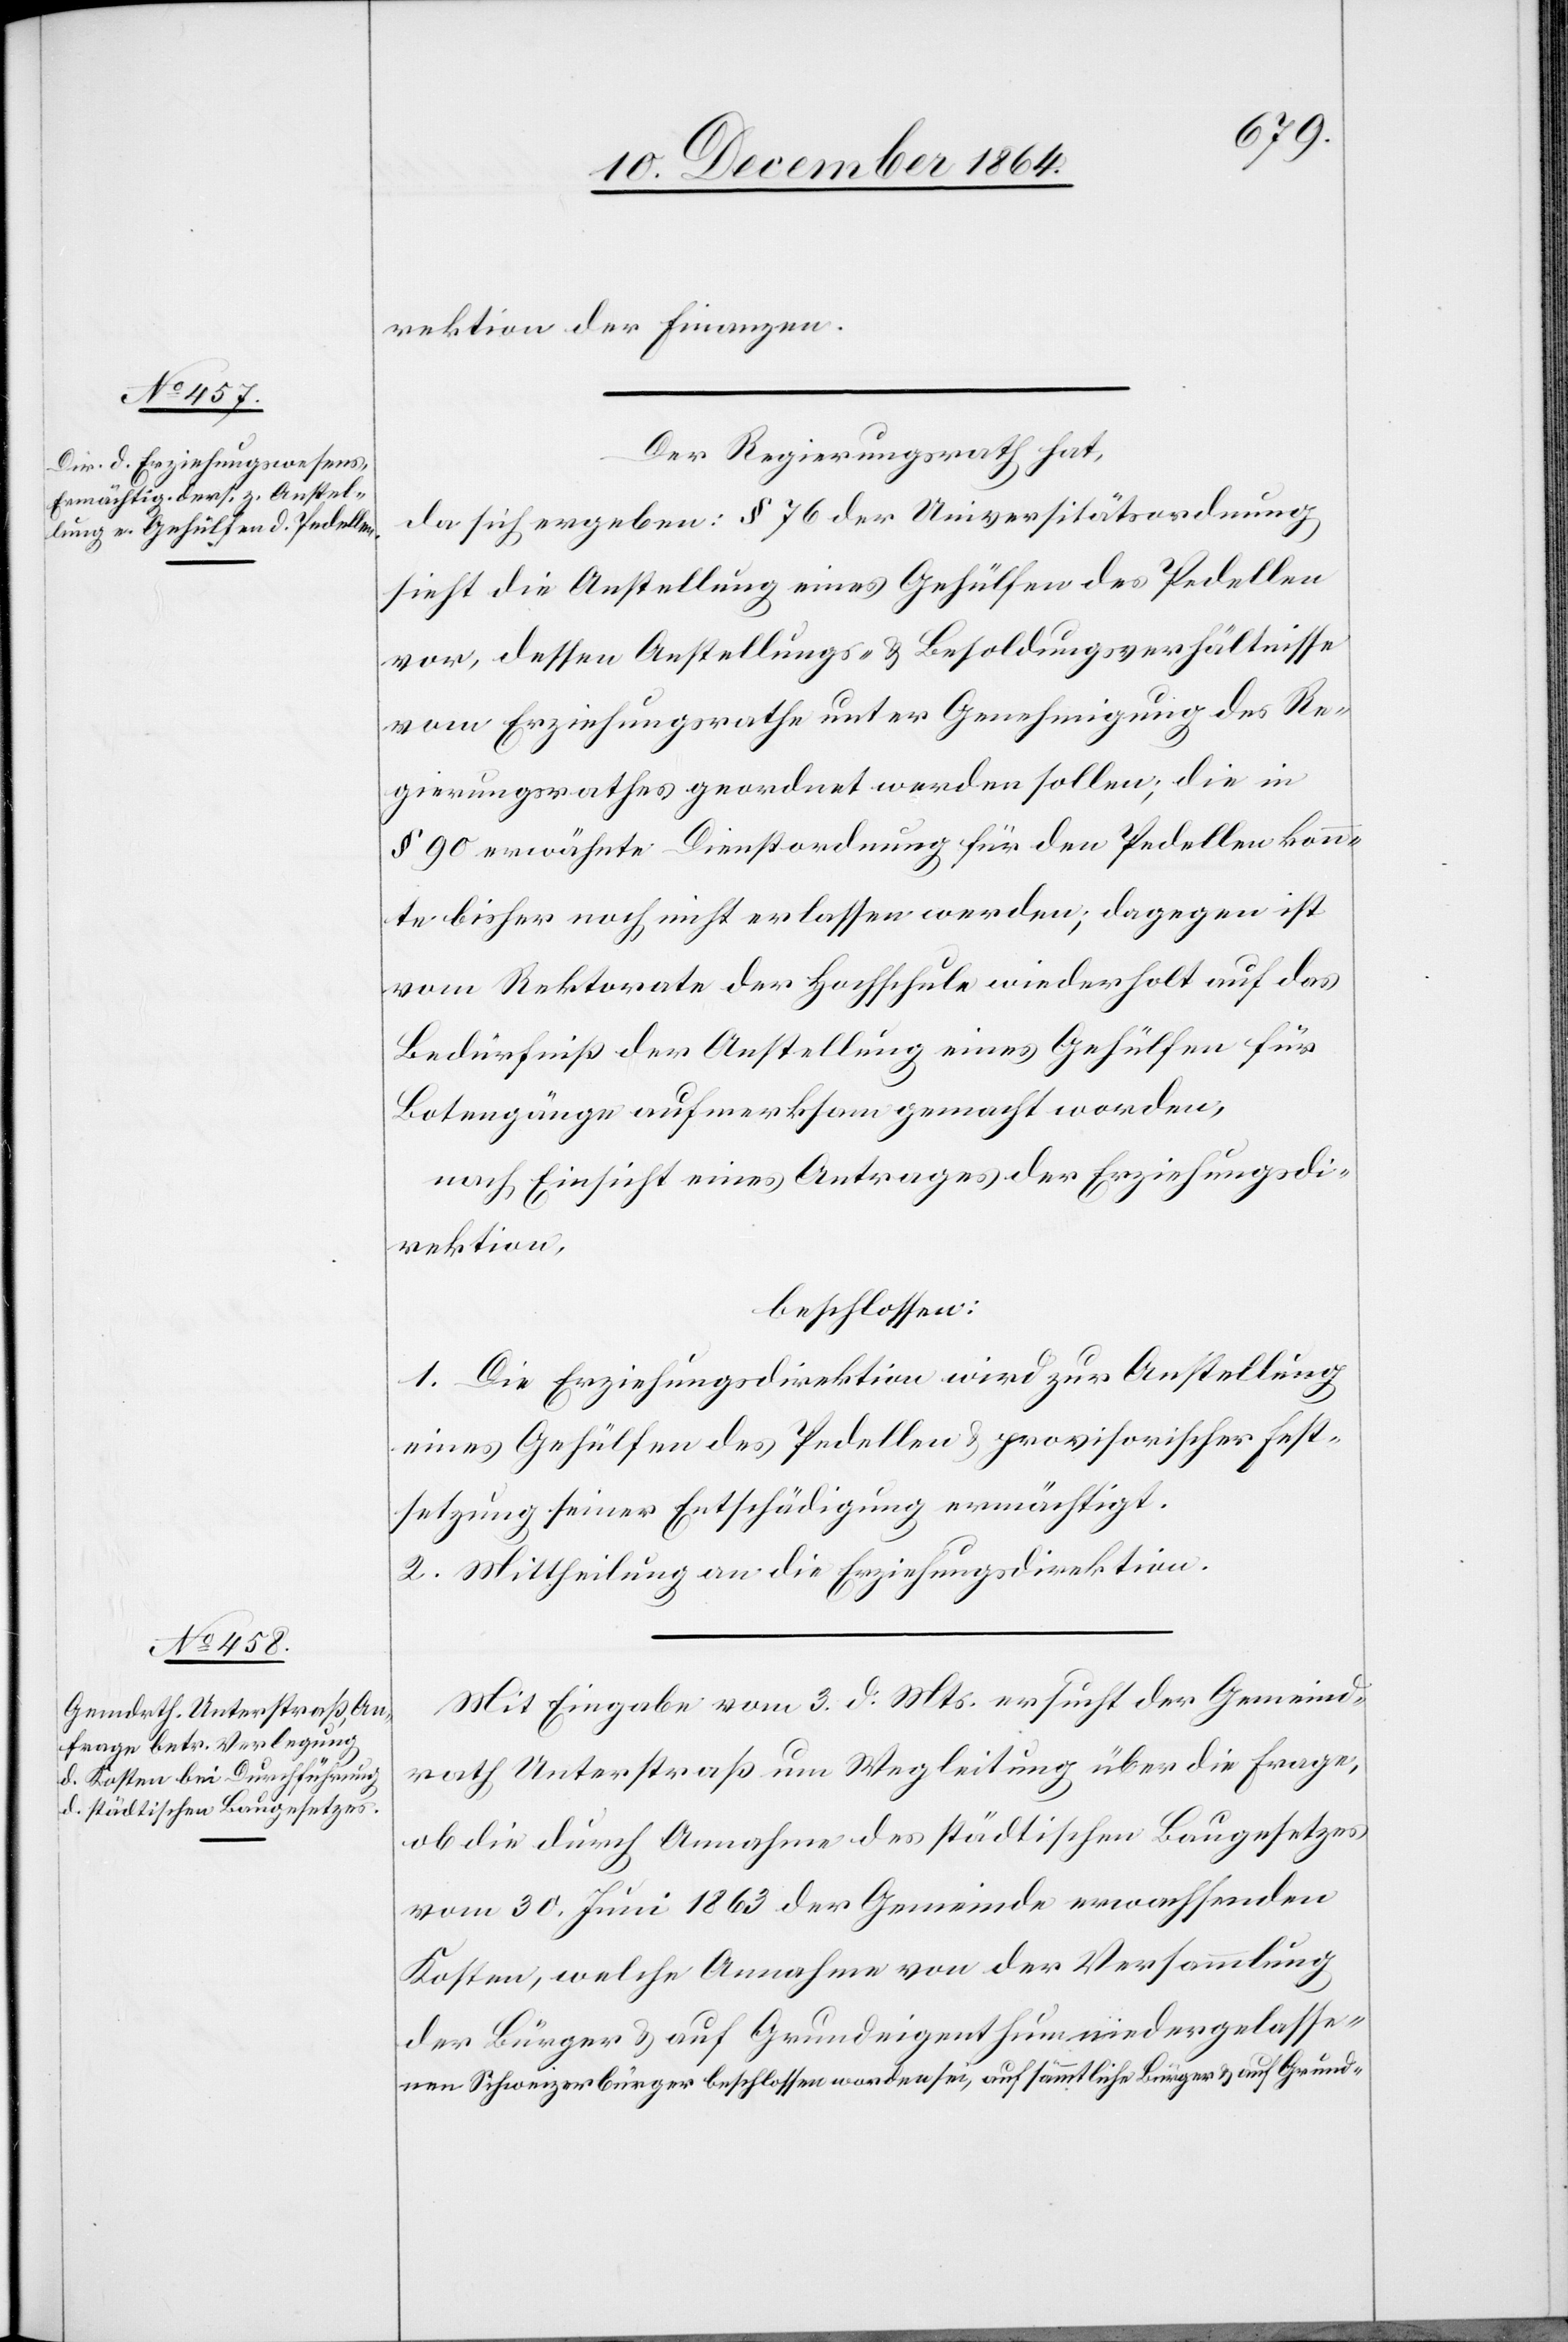
rektion der Finanzen.
Der Regierungsrath hat,
da sich ergeben: § 76 der Universitätsordnung
sieht die Anstellung eines Gehülfen des Pedellen
vor, dessen Anstellungs- & Besoldungsverhältnisse
vom Erziehungsrathe unter Genehmigung des Re¬
gierungsrathes geordnet werden sollen; die in
§ 90 erwähnte Dienstordnung für den Pedellen konn¬
te bisher noch nicht erlassen erden; dagegen ist
vom Rektorate der Hochschule wiederholt auf das
Bedürfniß der Anstellung eines Gehülfen für
Botengänge aufmerksam gemacht worden,
nach Einsicht eines Antrages der Erziehungsdi¬
rektion,
beschlossen:
1. Die Erziehungsdirektion wird zur Anstellung
eines Gehülfen des Pedellen & provisorischer Fest¬
setzung seiner Entschädigung ermächtigt.
2. Mittheilung an die Erziehungsdirektion.
Mit Eingabe vom 3. d. Mts. ersucht der Gemeind¬
rath Unterstraß um Wegleitung über die Frage,
ob die durch Annahme des städtischen Baugesetzes
vom 30. Juni 1863 der Gemeinde erwachsenden
Kosten, welche Annahme von der Versammlung
der Bürger & auf Grundeigenthum niedergelasse¬
a-nen Schweizerbürger beschlossen worden sei, auf sämmtliche Bürger & auf Grund-